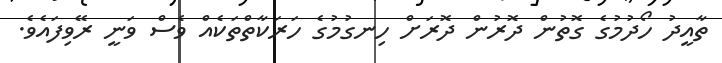
ތާއީދު ހޯދުމުގެ ގޮތުން ދޮރުން ދޮރަށް ހިނގުމުގެ ހަރަކާތްތަކެއް ވެސް ވަނީ ރޭވިފައެވެ.